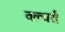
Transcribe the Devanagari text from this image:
वल्चर्स